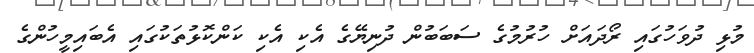
މުޅި ދުވަހުގައި ރޯދައަށް ހުރުމުގެ ސަބަބުން ދުނިޔޭގެ އެކި އެކި ކަންކޮޅުތަކުގައި އެބައިމީހުންގެ